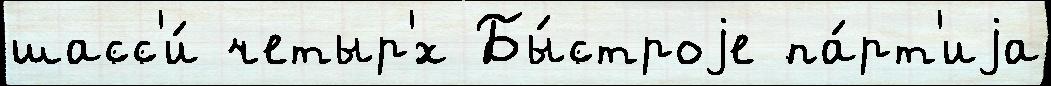
шасс'и́ четыр'́х Бы́строjе па́рт'иjа